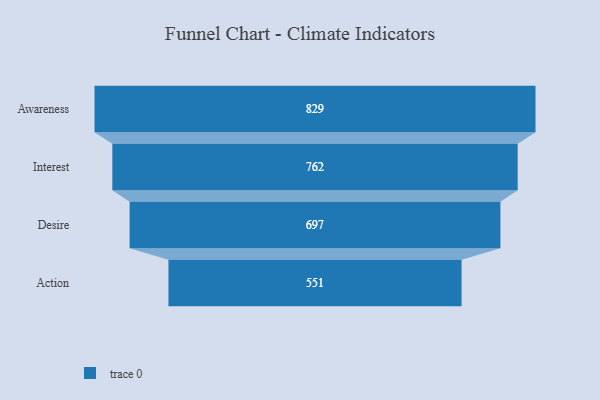
{"axis": {"x": "Stage", "y": "Value"}, "legend": [""], "data": [{"x": "Awareness", "y": 829.0, "type": ""}, {"x": "Interest", "y": 762.0, "type": ""}, {"x": "Desire", "y": 697.0, "type": ""}, {"x": "Action", "y": 551.0, "type": ""}]}